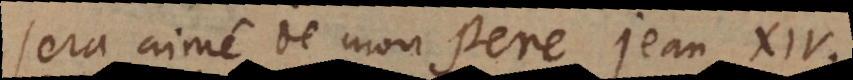
sera aimé de mon Pere. Jean XIV.